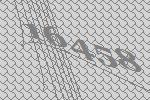
16458